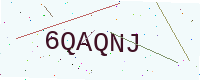
Text: 6QAQNJ